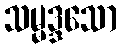
သမ္မဒ္ဒသော